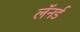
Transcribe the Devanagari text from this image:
लॅनर्ड